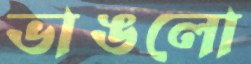
ভাঙলো